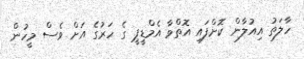
ހާލަތު އިއުލާން ކޮށްފައި އޮތްވާ އެމްޑީޕީ ގެ ހަރުގެ އަށް ވެސް މީހުން